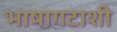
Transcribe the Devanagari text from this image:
भाषागटाशी